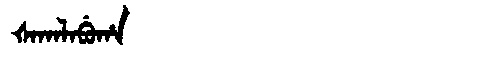
Manchu: ᡧᠠᡴᠠᠯᠠᠪᡠᡥᠠ
Romanization: ŠAKALABUHA